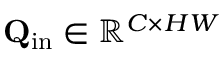
\mathbf { Q } _ { \mathrm { i n } } \in \mathbb { R } ^ { C \times H W }